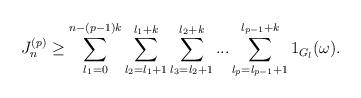
LaTeX: \begin{align*}J_n^{(p)}\ge \sum_{l_1=0}^{n-(p-1)k} \sum_{l_2=l_1+1}^{l_1+k}\sum_{l_3=l_2+1}^{l_2+k}...\sum_{l_p=l_{p-1}+1}^{l_{p-1}+k} 1_{G_l}(\omega). \end{align*}